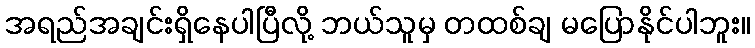
အရည်အချင်းရှိနေပါပြီလို့ ဘယ်သူမှ တထစ်ချ မပြောနိုင်ပါဘူး။